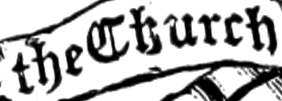
the Church